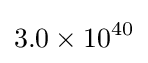
3.0\times 10^{40}